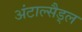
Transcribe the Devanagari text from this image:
अंटाल्सैड्ल